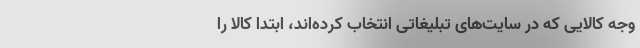
وجه کالایی که در سایت‌های تبلیغاتی انتخاب کرده‌اند، ابتدا کالا را